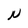
Character: N